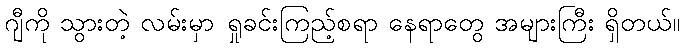
ဂျီကို သွားတဲ့ လမ်းမှာ ရှုခင်းကြည့်စရာ နေရာတွေ အများကြီး ရှိတယ်။